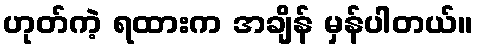
ဟုတ်ကဲ့ ရထားက အချိန် မှန်ပါတယ်။